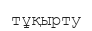
тұқырту